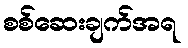
စစ်ဆေးချက်အရ